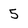
Character: 5